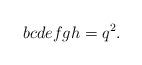
LaTeX: \begin{align*}bcdefgh=q^2.\end{align*}